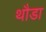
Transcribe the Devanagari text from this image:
थौडा